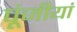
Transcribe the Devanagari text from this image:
पूंजीयां